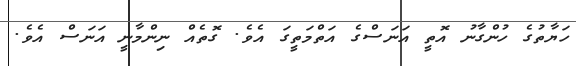
ހަޔާތުގެ ހުންގާނު އޮތީ އަނަސްގެ އަތްމަތީގަ އެވެ. ގޮތެއް ނިންމާނީ އަނަސް އެވެ.